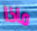
ماذا